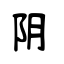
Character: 阴